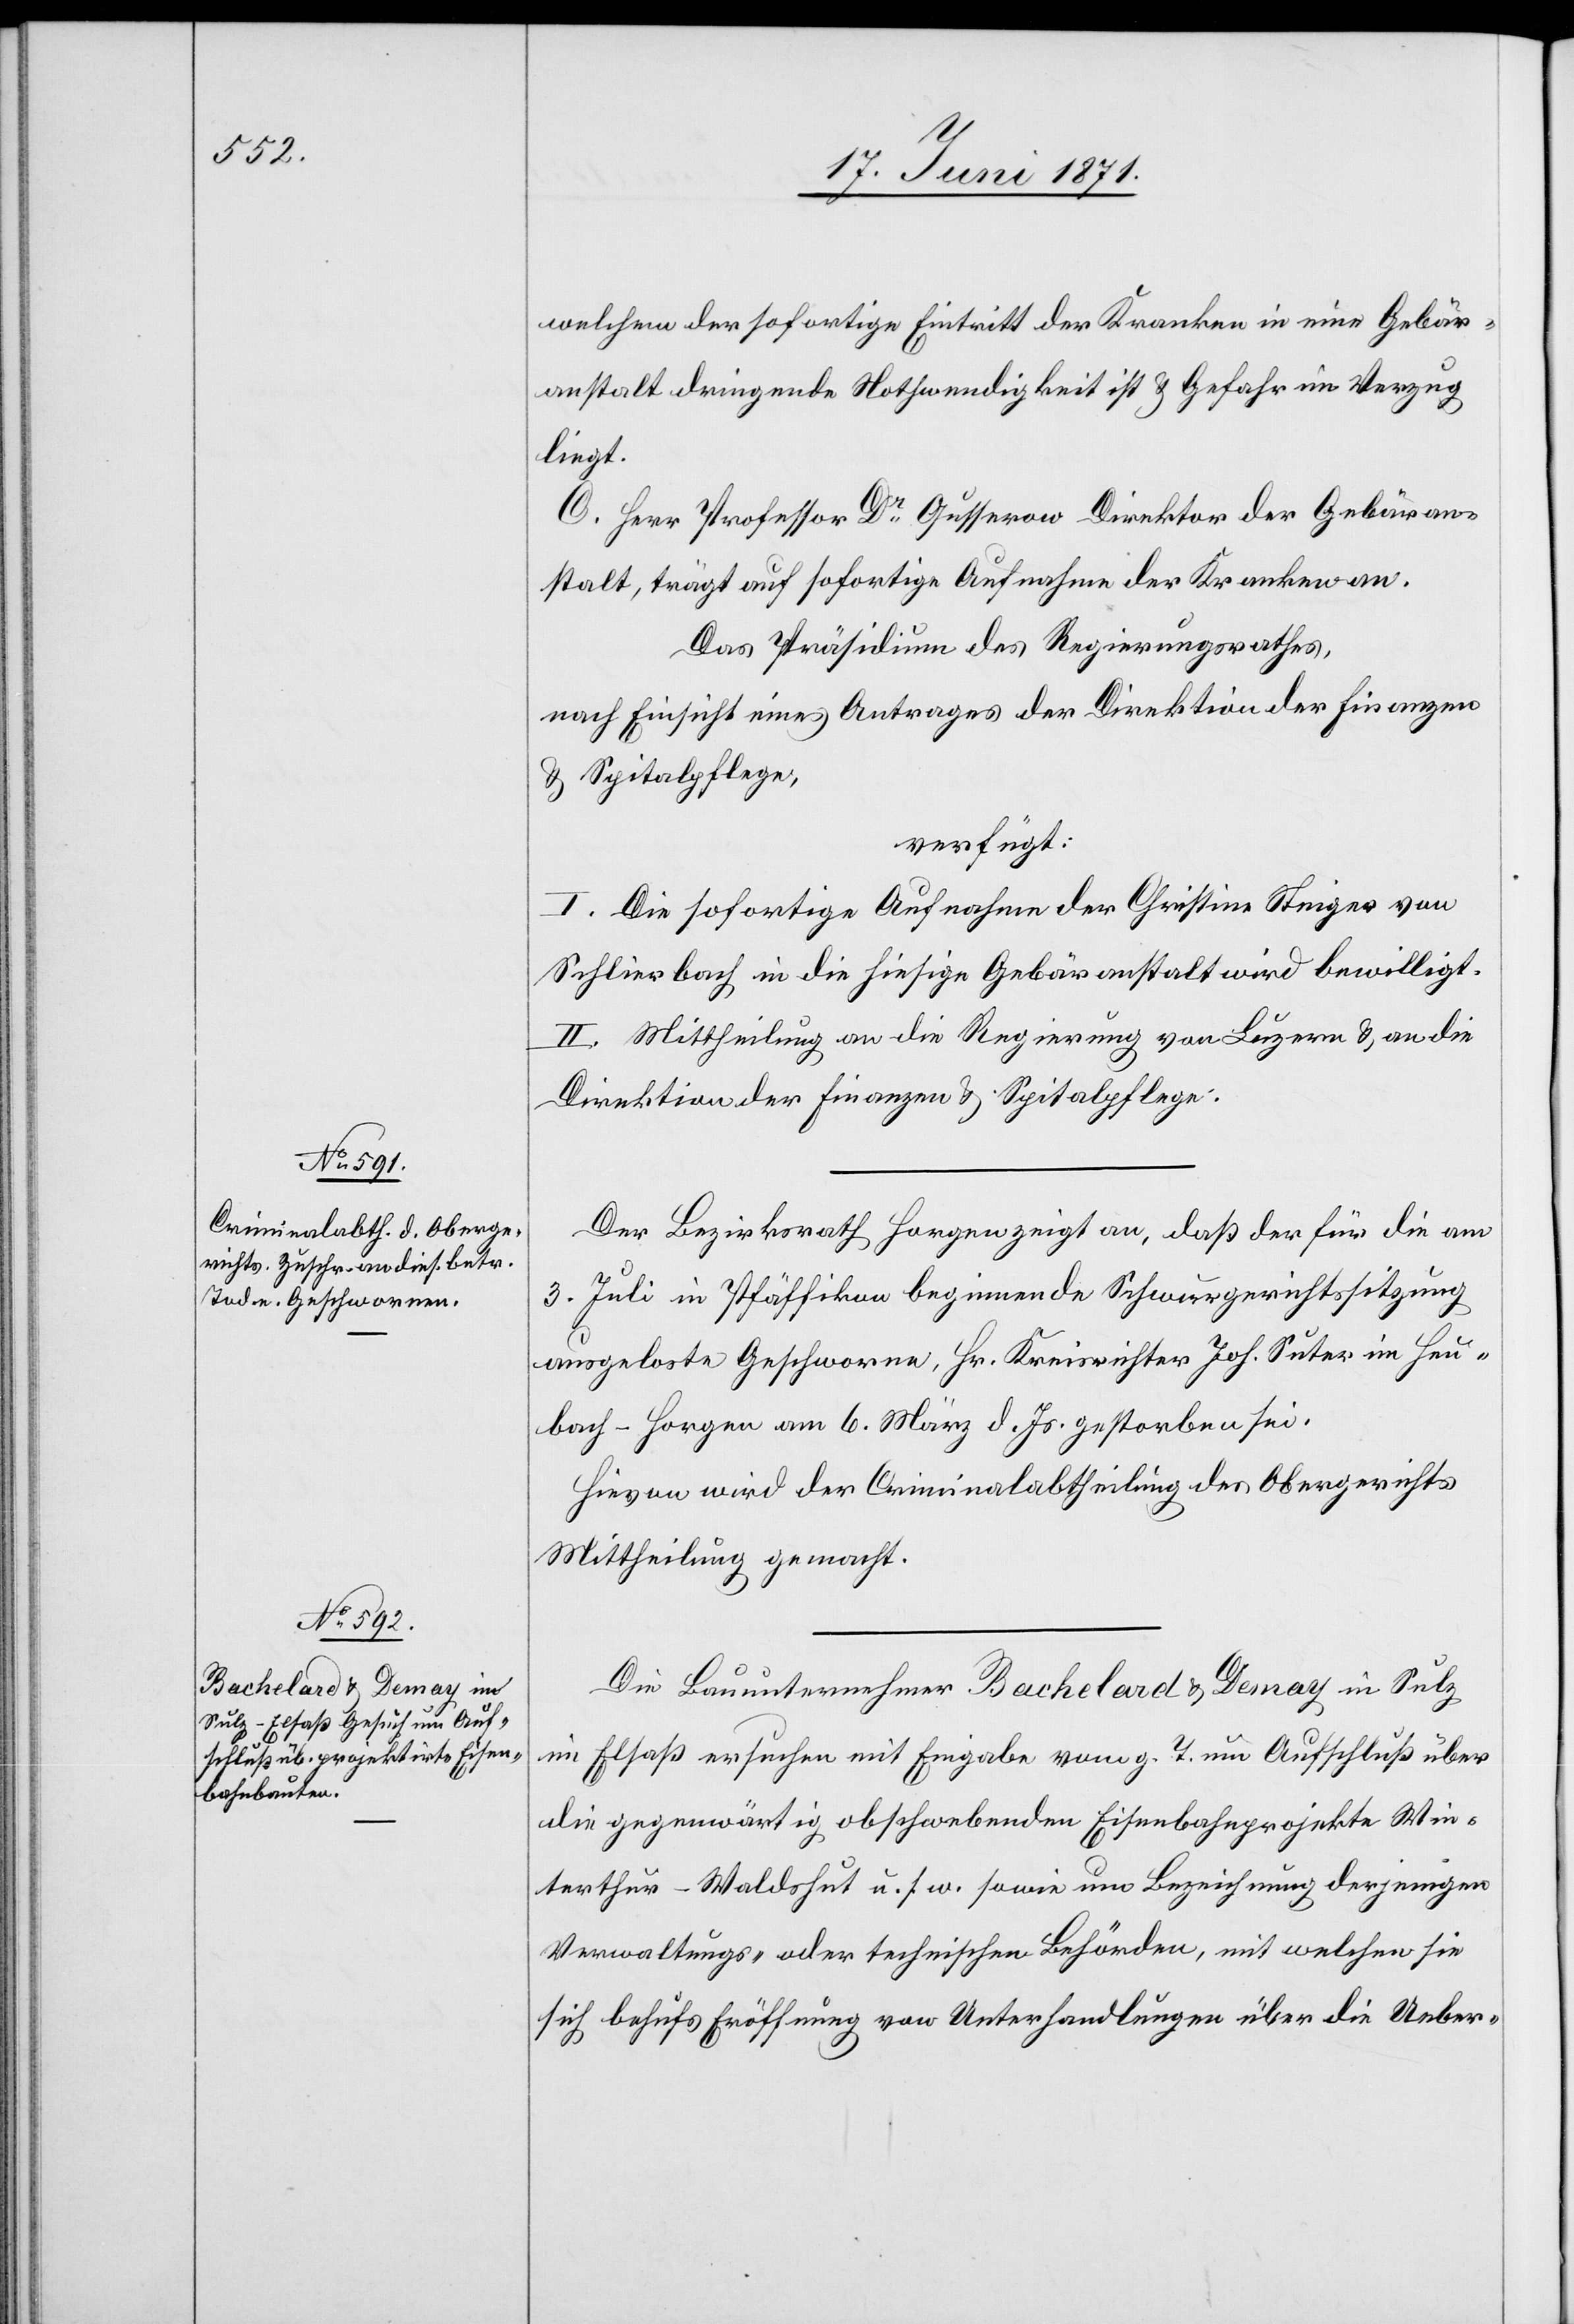
21. Juni 1871.]
welchem der sofortige Eintritt der Kranken in eine Gebär¬
anstalt dringende Nothwendigkeit ist u. Gefahr im Verzug
liegt.
C. Herr Professor Dr. Gusserow Direktor der Gebäran¬
stalt, trägt auf sofortige Aufnahme der Kranken an.
Das Präsidium des Regierungsrathes,
nach Einsicht eines Antrages der Direktion der Finanzen
u. Spitalpflege,
verfügt:
I. Die sofortige Aufnahme der Christine Steiger von
Schlierbach in die hiesige Gebäranstalt wird bewilligt.
II. Mittheilung an die Regierung von Luzern u. an die
Direktion der Finanzen u. Spitalpflege.
Der Bezirksrath Horgen zeigt an, daß der für die am
3. Juli in Pfäffikon beginnende Schwurgerichtssitzung
ausgeloste Geschworne, Hr. Kreisrichter Joh. Suter im Heu¬
bach-Horgen am 6. März d. Js. gestorben sei.
Hievon wird der Criminalabtheilung des Obergerichts
Mittheilung gemacht.
Die Bauunternehmer Bachelard u. Demay in Sulz
im Elsaß ersuchen mit Eingabe vom g. T. um Aufschluß über
die gegenwärtig obschwebenden Eisenbahnprojekte Win¬
terthur-Waldshut u. s. w. sowie um Bezeichnung derjenigen
Verwaltungs- oder technischen Behörden, mit welchen sie
sich behufs Eröffnung von Unterhandlungen über die Ueber-